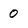
Character: 0